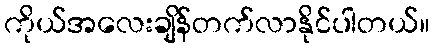
ကိုယ်အလေးချိန်တက်လာနိုင်ပါတယ်။